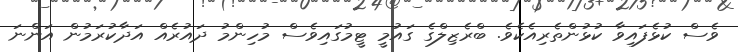
ވެސް ކުޅެފައިވާ ކުޅުންތެރިއެކެވެ. ބްރެޒިލްގެ ގައުމީ ޓީމުގައިވެސް މުހިންމު ދައުރެއް އަދާކުރަމުން އަންނަ